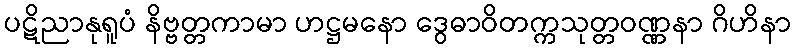
ပဋိညာနုရူပံ နိဗ္ဗတ္တကာမာ ဟဋ္ဌမနော ဒွေဓာဝိတက္ကသုတ္တဝဏ္ဏနာ ဂိဟိနာ